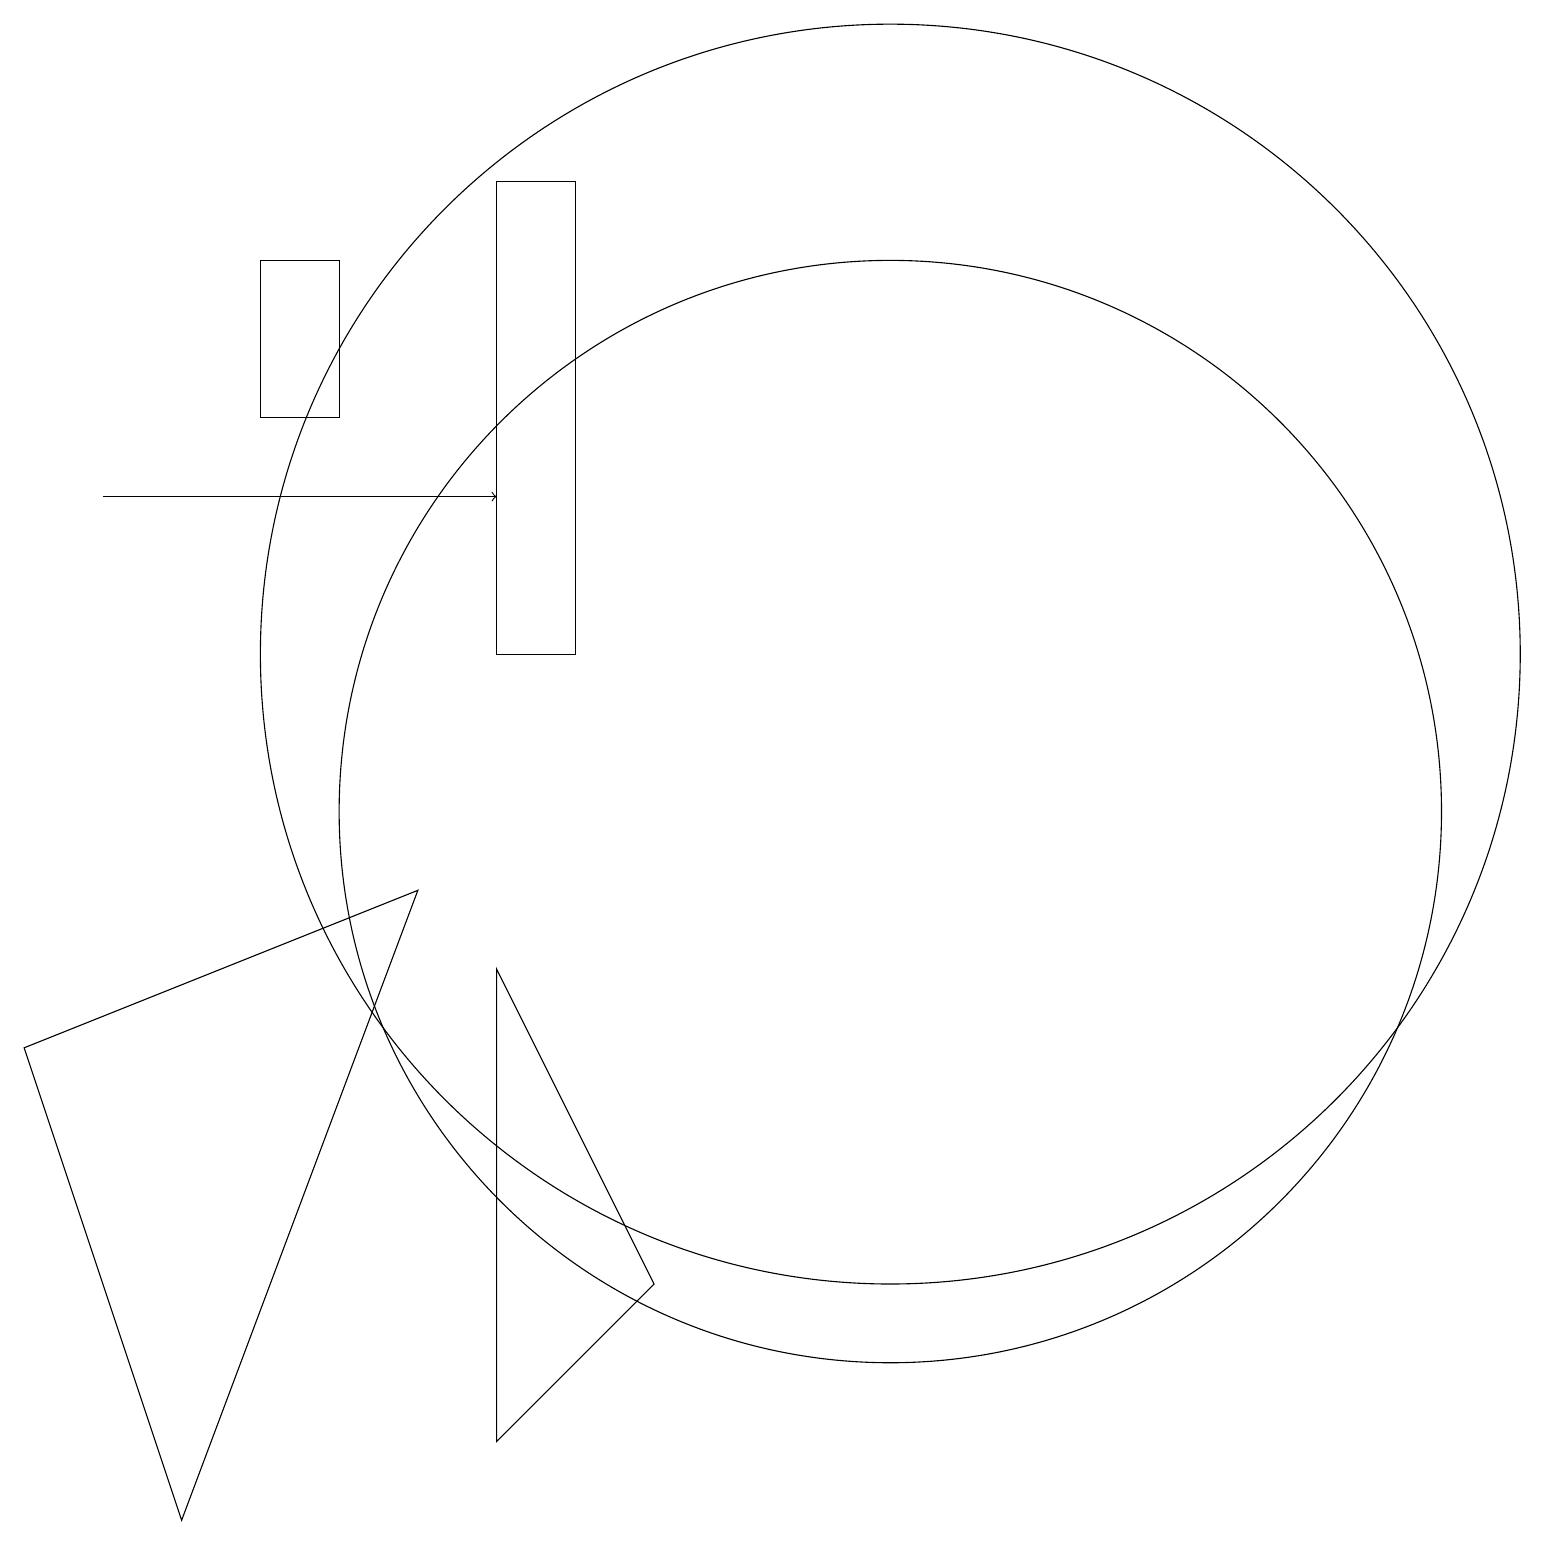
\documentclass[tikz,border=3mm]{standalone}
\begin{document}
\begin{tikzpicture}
\draw (5,9) -- (2,1) -- (0,7) -- cycle;
\draw (11,10) circle (7);
\draw (4,15) rectangle (3,17);
\draw[->] (1,14) -- (6,14);
\draw (6,12) rectangle (7,18);
\draw (8,4) -- (6,8) -- (6,2) -- cycle;
\draw (11,12) circle (8);
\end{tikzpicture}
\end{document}